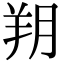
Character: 𦍤